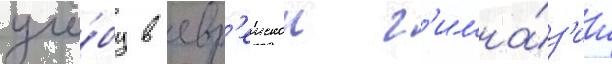
учё́бу в евр'еискои г'имна́з'ии